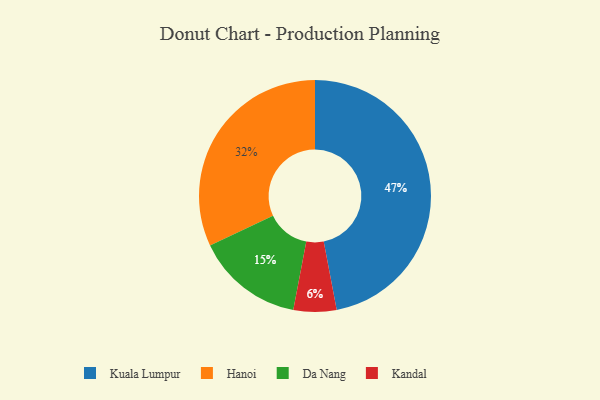
{"axis": {"x": "Category", "y": "Percentage"}, "legend": ["Da Nang", "Hanoi", "Kandal", "Kuala Lumpur"], "data": [{"x": "Kandal", "y": 6, "type": "Kandal"}, {"x": "Da Nang", "y": 15, "type": "Da Nang"}, {"x": "Kuala Lumpur", "y": 47, "type": "Kuala Lumpur"}, {"x": "Hanoi", "y": 32, "type": "Hanoi"}]}